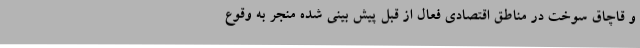
و قاچاق سوخت در مناطق اقتصادی فعال از قبل پیش بینی شده منجر به وقوع